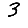
Digit: 3